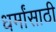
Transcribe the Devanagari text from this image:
धर्मांसाठी